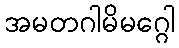
အမတဂါမိမဂ္ဂေါ